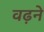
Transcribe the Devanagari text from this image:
वढ़ने